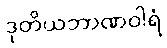
ဒုတိယဘာဏဝါရံ